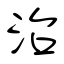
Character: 治